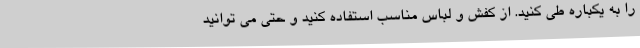
را به یکباره طی کنید. از کفش و لباس مناسب استفاده کنید و حتی می توانید